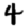
Digit: 4